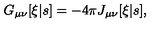
G _ { \mu \nu } [ \xi | s ] = - 4 \pi J _ { \mu \nu } [ \xi | s ] ,